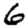
Digit: 6